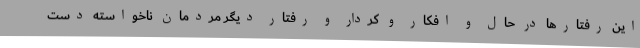
این رفتارها در حال و افکار و کردار و رفتار دیگر مردمان ناخواسته دست